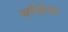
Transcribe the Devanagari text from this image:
बाँधेंगा।